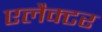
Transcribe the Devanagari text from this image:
एलैक्टर